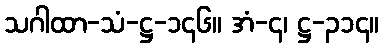
သဂါထာ-သံ-ဋ္ဌ-၁၄၆။ အံ-၄၊ ဋ္ဌ-၃၁၄။